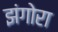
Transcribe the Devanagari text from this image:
झंगोरा